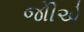
જોીએ